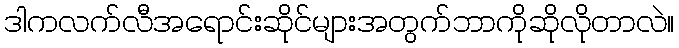
ဒါကလက်လီအရောင်းဆိုင်များအတွက်ဘာကိုဆိုလိုတာလဲ။